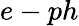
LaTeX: e-ph